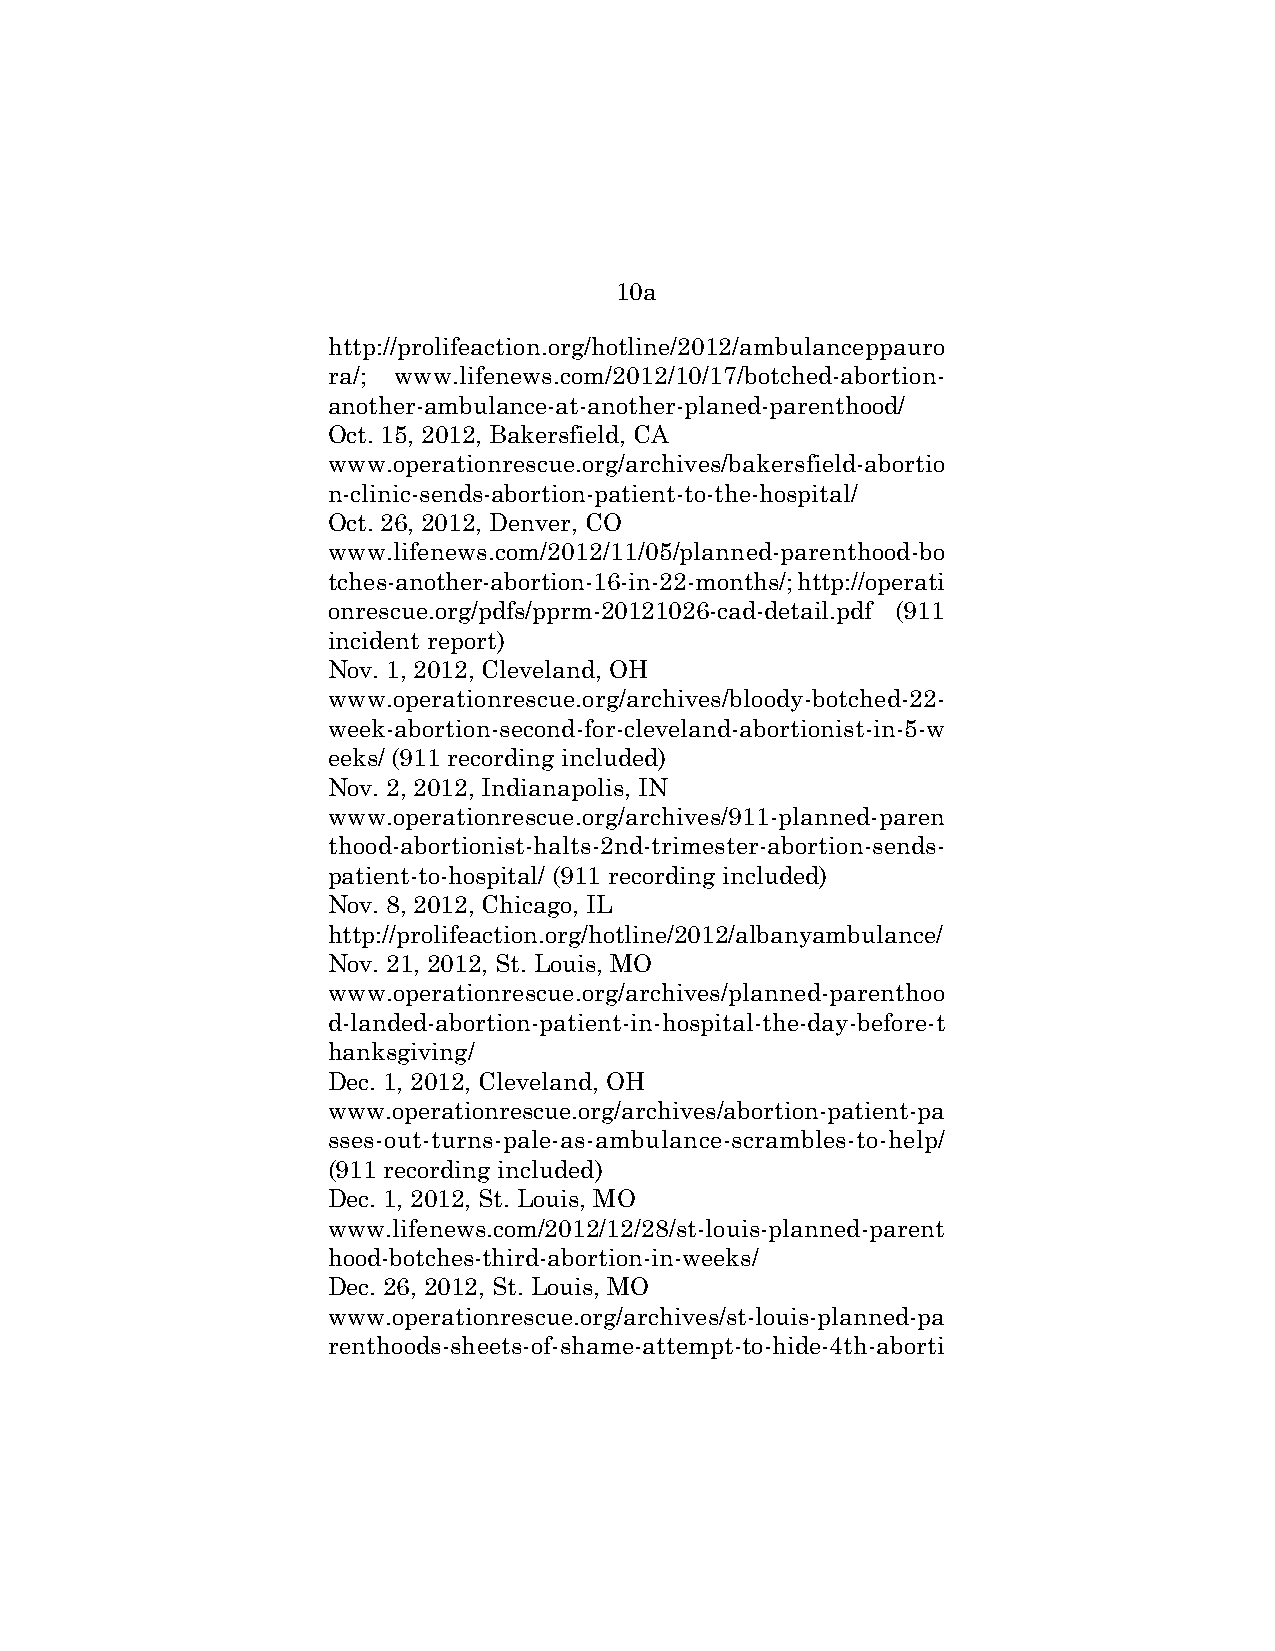
10a
 http://prolifeaction.org/hotline/2012/ambulanceppauro
 ra/; www.lifenews.com/2012/10/17/botched-abortion-
 another-ambulance-at-another-planed-parenthood/
 Oct. 15, 2012, Bakersfield, CA
 www.operationrescue.org/archives/bakersfield-abortio
 n-clinic-sends-abortion-patient-to-the-hospital/
 Oct. 26, 2012, Denver, CO
 www.lifenews.com/2012/11/05/planned-parenthood-bo
 tches-another-abortion-16-in-22-months/; http://operati
 onrescue.org/pdfs/pprm-20121026-cad-detail.pdf (911
 incident report)
 Nov. 1, 2012, Cleveland, OH
 www.operationrescue.org/archives/bloody-botched-22-
 week-abortion-second-for-cleveland-abortionist-in-5-w
 eeks/ (911 recording included)
 Nov. 2, 2012, Indianapolis, IN
 www.operationrescue.org/archives/911-planned-paren
 thood-abortionist-halts-2nd-trimester-abortion-sends-
 patient-to-hospital/ (911 recording included)
 Nov. 8, 2012, Chicago, IL
 http://prolifeaction.org/hotline/2012/albanyambulance/
 Nov. 21, 2012, St. Louis, MO
 www.operationrescue.org/archives/planned-parenthoo
 d-landed-abortion-patient-in-hospital-the-day-before-t
 hanksgiving/
 Dec. 1, 2012, Cleveland, OH
 www.operationrescue.org/archives/abortion-patient-pa
 sses-out-turns-pale-as-ambulance-scrambles-to-help/
 (911 recording included)
 Dec. 1, 2012, St. Louis, MO
 www.lifenews.com/2012/12/28/st-louis-planned-parent
 hood-botches-third-abortion-in-weeks/
 Dec. 26, 2012, St. Louis, MO
 www.operationrescue.org/archives/st-louis-planned-pa
 renthoods-sheets-of-shame-attempt-to-hide-4th-aborti